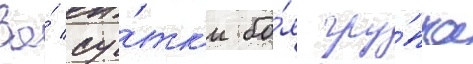
За́ су́тк'и бо́я гру́ппа